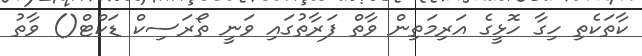
ކާތަކެތި ހިގާ ހޮޅީގެ އަރިމަތިން ވާތް ފަރާތުގައި ވަނީ ތޯރަސިކް ޑަކްޓް() ވާތު